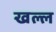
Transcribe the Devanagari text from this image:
खल्ल